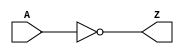
//$Header: //synplicity/maprc/thirdparty/generic_technology/gtech.v#1 $
//--------------------------------------------------------------------------------------------------
//
// Title       : gtech.v
// Design      : GTECH
// Company     : Synplicity Software Pvt. Ltd.
//
//-------------------------------------------------------------------------------------------------
//
// Description : This generic technology library contains common logic elements.
//
//-------------------------------------------------------------------------------------------------
`timescale 1ns / 10ps

module GTECH_NOT ( A, Z );
	input  A;
	output Z;

	assign Z = ~A;

endmodule

module GTECH_BUF ( A, Z );
	input  A;
	output Z;

	assign Z = A;

endmodule

module GTECH_AND2 ( A, B, Z );
	input  A;
	input  B;
	output Z;

	assign Z = A & B;

endmodule

module GTECH_AND3 ( A, B, C, Z );
	input  A;
	input  B;
	input  C;
	output Z;

	assign Z = A & B & C;

endmodule

module GTECH_AND4 ( A, B, C, D, Z );
	input  A;
	input  B;
	input  C;
	input  D;
	output Z;

	assign Z = A & B & C & D;

endmodule

module GTECH_AND5 ( A, B, C, D, E, Z );
	input  A;
	input  B;
	input  C;
	input  D;
	input  E;
	output Z;

	assign Z = A & B & C & D & E;

endmodule

module GTECH_AND8 ( A, B, C, D, E, F, G, H, Z );
	input  A;
	input  B;
	input  C;
	input  D;
	input  E;
	input  F;
	input  G;
	input  H;
	output Z;

	assign Z = A & B & C & D & E & F & G & H;

endmodule

module GTECH_NAND2 ( A, B, Z );
	input  A;
	input  B;
	output Z;

	assign Z = ~(A & B);

endmodule

module GTECH_NAND3 ( A, B, C, Z );
	input  A;
	input  B;
	input  C;
	output Z;

	assign Z = ~(A & B & C);

endmodule

module GTECH_NAND4 ( A, B, C, D, Z );
	input  A;
	input  B;
	input  C;
	input  D;
	output Z;

	assign Z = ~(A & B & C & D);

endmodule

module GTECH_NAND5 ( A, B, C, D, E, Z );
	input  A;
	input  B;
	input  C;
	input  D;
	input  E;
	output Z;

	assign Z = ~(A & B & C & D & E);

endmodule

module GTECH_NAND8 ( A, B, C, D, E, F, G, H, Z );
	input  A;
	input  B;
	input  C;
	input  D;
	input  E;
	input  F;
	input  G;
	input  H;
	output Z;

	assign Z = ~(A & B & C & D & E & F & G & H);

endmodule

module GTECH_OR2 ( A, B, Z );
	input  A;
	input  B;
	output Z;

	assign Z = A | B;

endmodule

module GTECH_OR3 ( A, B, C, Z );
	input  A;
	input  B;
	input  C;
	output Z;

	assign Z = A | B | C;

endmodule

module GTECH_OR4 ( A, B, C, D, Z );
	input  A;
	input  B;
	input  C;
	input  D;
	output Z;

	assign Z = A | B | C | D;

endmodule

module GTECH_OR5 ( A, B, C, D, E, Z );
	input  A;
	input  B;
	input  C;
	input  D;
	input  E;
	output Z;

	assign Z = A | B | C | D | E;

endmodule

module GTECH_OR8 ( A, B, C, D, E, F, G, H, Z );
	input  A;
	input  B;
	input  C;
	input  D;
	input  E;
	input  F;
	input  G;
	input  H;
	output Z;

	assign Z = A | B | C | D | E | F | G | H;

endmodule

module GTECH_NOR2 ( A, B, Z );
	input  A;
	input  B;
	output Z;

	assign Z = ~(A | B);

endmodule

module GTECH_NOR3 ( A, B, C, Z );
	input  A;
	input  B;
	input  C;
	output Z;

	assign Z = ~(A | B | C);

endmodule

module GTECH_NOR4 ( A, B, C, D, Z );
	input  A;
	input  B;
	input  C;
	input  D;
	output Z;

	assign Z = ~(A | B | C | D);

endmodule

module GTECH_NOR5 ( A, B, C, D, E, Z );
	input  A;
	input  B;
	input  C;
	input  D;
	input  E;
	output Z;

	assign Z = ~(A | B | C | D | E);

endmodule

module GTECH_NOR8 ( A, B, C, D, E, F, G, H, Z );
	input  A;
	input  B;
	input  C;
	input  D;
	input  E;
	input  F;
	input  G;
	input  H;
	output Z;

	assign Z = ~(A | B | C | D | E | F | G | H);

endmodule

module GTECH_XOR2 ( A, B, Z );
	input  A;
	input  B;
	output Z;

	assign Z = A ^ B;

endmodule

module GTECH_XOR3 ( A, B, C, Z );
	input  A;
	input  B;
	input  C;
	output Z;

	assign Z = A ^ B ^ C;

endmodule

module GTECH_XOR4 ( A, B, C, D, Z );
	input  A;
	input  B;
	input  C;
	input  D;
	output Z;

	assign Z = A ^ B ^ C ^ D;

endmodule

module GTECH_XNOR2 ( A, B, Z );
	input  A;
	input  B;
	output Z;

	assign Z = ~(A ^ B);

endmodule

module GTECH_XNOR3 ( A, B, C, Z );
	input  A;
	input  B;
	input  C;
	output Z;

	assign Z = ~(A ^ B ^ C);

endmodule

module GTECH_XNOR4 ( A, B, C, D, Z );
	input  A;
	input  B;
	input  C;
	input  D;
	output Z;

	assign Z = ~(A ^ B ^ C ^ D);

endmodule

module GTECH_AND_NOT ( A, B, Z );
	input  A;
	input  B;
	output Z;

	assign Z = A & ~B;

endmodule

module GTECH_OR_NOT ( A, B, Z );
	input  A;
	input  B;
	output Z;

	assign Z = A | ~B;

endmodule

module GTECH_AO21 ( A, B, C, Z );
	input  A;
	input  B;
	input  C;
	output Z;

	assign Z = (A & B) | C;

endmodule

module GTECH_AO22 ( A, B, C, D, Z );
	input  A;
	input  B;
	input  C;
	input  D;
	output Z;

	assign Z = (A & B) | (C & D);

endmodule

module GTECH_AOI21 ( A, B, C, Z );
	input  A;
	input  B;
	input  C;
	output Z;

	assign Z = ~((A & B) | C);

endmodule

module GTECH_AOI22 ( A, B, C, D, Z );
	input  A;
	input  B;
	input  C;
	input  D;
	output Z;

	assign Z = ~((A & B) | (C & D));

endmodule

module GTECH_AOI222 ( A, B, C, D, E, F, Z );
	input  A;
	input  B;
	input  C;
	input  D;
	input  E;
	input  F;
	output Z;

	assign Z = ~((A & B) | (C & D) | (E & F));

endmodule

module GTECH_AOI2N2 ( A, B, C, D, Z );
	input  A;
	input  B;
	input  C;
	input  D;
	output Z;

	assign Z = ~((A & B) | ~(C | D));

endmodule

module GTECH_OA21 ( A, B, C, Z );
	input  A;
	input  B;
	input  C;
	output Z;

	assign Z = (A | B) & C;

endmodule

module GTECH_OA22 ( A, B, C, D, Z );
	input  A;
	input  B;
	input  C;
	input  D;
	output Z;

	assign Z = (A | B) & (C | D);

endmodule

module GTECH_OAI21 ( A, B, C, Z );
	input  A;
	input  B;
	input  C;
	output Z;

	assign Z = ~((A | B) & C);

endmodule

module GTECH_OAI22 ( A, B, C, D, Z );
	input  A;
	input  B;
	input  C;
	input  D;
	output Z;

	assign Z = ~((A | B) & (C | D));

endmodule

module GTECH_OAI2N2 ( A, B, C, D, Z );
	input  A;
	input  B;
	input  C;
	input  D;
	output Z;

	assign Z = ~((A | B) & ~(C & D));

endmodule

module GTECH_MAJ23 ( A, B, C, Z );
	input A;
	input B;
	input C;
	output Z;

	assign Z = (A & B)|( B & C )|(C & A );

endmodule

module GTECH_MUX2 ( A, B, S, Z );
	input  A;
	input  B;
	input  S;
	output Z;

	assign Z = ( A & ~S) | ( B & S );

endmodule

module GTECH_MUXI2 ( A, B, S, Z );
	input  A;
	input  B;
	input  S;
	output Z;

	assign Z = ( ~A & ~S ) | ( ~B & S );

endmodule

module GTECH_MUX4 ( D0, D1, D2, D3, A, B, Z );
	input  D0;
	input  D1;
	input  D2;
	input  D3;
	input  A;
	input  B;
	output Z;

	assign Z = ( ~A & ~B & D0 ) | ( ~B & A & D1 ) | ( B & ~A & D2 ) | ( B & A & D3 );

endmodule

module GTECH_MUX8 ( D0, D1, D2, D3, D4, D5, D6, D7, A, B, C, Z );
	input  D0;
	input  D1;
	input  D2;
	input  D3;
	input  D4;
	input  D5;
	input  D6;
	input  D7;
	input  A;
	input  B;
	input  C;
	output Z;
	wire N1, N2;

	GTECH_MUX4 U1 ( .D0(D0), .D1(D1), .D2(D2), .D3(D3), .A(A), .B(B), .Z(N1) );
	GTECH_MUX4 U2 ( .D0(D4), .D1(D5), .D2(D6), .D3(D7), .A(A), .B(B), .Z(N2) );
    GTECH_MUX2 U3( .A(N1), .B(N2), .S(C), .Z(Z) );

endmodule

module GTECH_ADD_AB ( A, B, S, COUT );
	input  A;
	input  B;
	output S;
	output COUT;

	assign S = A ^ B;
	assign COUT = A & B;

endmodule

module GTECH_ADD_ABC ( A, B, C, S, COUT );
	input  A;
	input  B;
	input  C;
	output S;
	output COUT;

	assign S = A ^ B ^ C;
	assign COUT = (A & B ) | (B & C) | (C & A);

endmodule

module GTECH_TBUF ( A, E, Z );
	input  A;
	input  E;
	output Z;

	bufif1( Z, A, E );

endmodule

module GTECH_INBUF ( PAD_IN, DATA_IN );
	input  PAD_IN;
	output DATA_IN;

	wire DATA_IN;

	buf (DATA_IN, PAD_IN);

endmodule

module GTECH_OUTBUF ( DATA_OUT, OE, PAD_OUT );
	input  DATA_OUT;
	input  OE;
	output PAD_OUT;
	wire PAD_OUT;

	bufif1(PAD_OUT, DATA_OUT, OE );

endmodule

module GTECH_INOUTBUF ( DATA_OUT, OE, PAD_INOUT, DATA_IN );
	input  DATA_OUT;
	input  OE;
	output DATA_IN;
	inout  PAD_INOUT;

	wire PAD_INOUT;

	buf (DATA_IN,PAD_INOUT);
	bufif1 (PAD_INOUT, DATA_OUT, OE);

endmodule

module GTECH_FD1 ( D, CP, Q, QN );
	input  D;
	input  CP;
	output Q;
	output QN;

	reg  Q;
	reg  QN;

	always @ ( posedge CP )
		begin
			Q <= D;
			QN <= ~D;
		end

endmodule

module GTECH_FD14 ( D0, D1, D2, D3, CP, Q0, Q1, Q2, Q3, QN0, QN1, QN2, QN3 );
	input  D0;
	input  D1;
	input  D2;
	input  D3;
	input  CP;
	output Q0;
	output Q1;
	output Q2;
	output Q3;
	output QN0;
	output QN1;
	output QN2;
	output QN3;

	reg Q0;
	reg Q1;
	reg Q2;
	reg Q3;
	reg QN0;
	reg QN1;
	reg QN2;
	reg QN3;

	always @ ( posedge CP )
		begin
			Q0  <= D0;
			QN0 <= ~D0;
			Q1  <= D1;
			QN1 <= ~D1;
			Q2  <= D2;
			QN2 <= ~D2;
			Q3  <= D3;
			QN3 <= ~D3;
		end

endmodule

module GTECH_FD18 ( D0, D1, D2, D3, D4, D5, D6, D7, CP, Q0, Q1, Q2, Q3, Q4, Q5, Q6, Q7, QN0, QN1, QN2, QN3, QN4, QN5, QN6, QN7 );
	input  D0;
	input  D1;
	input  D2;
	input  D3;
	input  D4;
	input  D5;
	input  D6;
	input  D7;
	input  CP;
	output Q0;
	output Q1;
	output Q2;
	output Q3;
	output Q4;
	output Q5;
	output Q6;
	output Q7;
	output QN0;
	output QN1;
	output QN2;
	output QN3;
	output QN4;
	output QN5;
	output QN6;
	output QN7;

	reg Q0;
	reg Q1;
	reg Q2;
	reg Q3;
	reg Q4;
	reg Q5;
	reg Q6;
	reg Q7;
	reg QN0;
	reg QN1;
	reg QN2;
	reg QN3;
	reg QN4;
	reg QN5;
	reg QN6;
	reg QN7;

	always @ ( posedge CP )
		begin
			Q0  <= D0;
			QN0 <= ~D0;
			Q1  <= D1;
			QN1 <= ~D1;
			Q2  <= D2;
			QN2 <= ~D2;
			Q3  <= D3;
			QN3 <= ~D3;
			Q4  <= D4;
			QN4 <= ~D4;
			Q5  <= D5;
			QN5 <= ~D5;
			Q6  <= D6;
			QN6 <= ~D6;
			Q7  <= D7;
			QN7 <= ~D7;
		end

endmodule

module GTECH_FD1S ( D, TI, TE, CP, Q, QN );
	input  D;
	input  TI;
	input  TE;
	input  CP;
	output Q;
	output QN;

	reg Q;
	reg QN;
	wire d_in;

	assign d_in = TE ? TI : D;

	always @( posedge CP )
		begin
			Q <= d_in;
			QN <= ~d_in;
		end

endmodule

module GTECH_FD2 ( D, CD, CP, Q, QN );
	input  D;
	input  CD;
	input  CP;
	output Q;
	output QN;

	reg Q;
	reg QN;

	always @( posedge CP or negedge CD )
		if ( !CD )
			begin
				Q <= 1'b0;
				QN <= 1'b1;
			end
		else
			begin
				Q <= D;
				QN <= ~D;
			end

endmodule

module GTECH_FD24 ( D0, D1, D2, D3, CP, CD, Q0, Q1, Q2, Q3, QN0, QN1, QN2, QN3 );
	input  D0;
	input  D1;
	input  D2;
	input  D3;
	input  CP;
	input  CD;
	output Q0;
	output Q1;
	output Q2;
	output Q3;
	output QN0;
	output QN1;
	output QN2;
	output QN3;

	reg Q0;
	reg Q1;
	reg Q2;
	reg Q3;
	reg QN0;
	reg QN1;
	reg QN2;
	reg QN3;

	always @ ( posedge CP or negedge CD )
		if ( !CD )
			begin
				Q0  <= 0;
				QN0 <= 1;
				Q1  <= 0;
				QN1 <= 1;
				Q2  <= 0;
				QN2 <= 1;
				Q3  <= 0;
				QN3 <= 1;
			end
		else
			begin
				Q0  <= D0;
				QN0 <= ~D0;
				Q1  <= D1;
				QN1 <= ~D1;
				Q2  <= D2;
				QN2 <= ~D2;
				Q3  <= D3;
				QN3 <= ~D3;
			end

endmodule

module GTECH_FD28 ( D0, D1, D2, D3, D4, D5, D6, D7, CP, CD, Q0, Q1, Q2, Q3, Q4, Q5, Q6, Q7, QN0, QN1, QN2, QN3, QN4, QN5, QN6, QN7 );
	input  D0;
	input  D1;
	input  D2;
	input  D3;
	input  D4;
	input  D5;
	input  D6;
	input  D7;
	input  CP;
	input  CD;
	output Q0;
	output Q1;
	output Q2;
	output Q3;
	output Q4;
	output Q5;
	output Q6;
	output Q7;
	output QN0;
	output QN1;
	output QN2;
	output QN3;
	output QN4;
	output QN5;
	output QN6;
	output QN7;

	reg Q0;
	reg Q1;
	reg Q2;
	reg Q3;
	reg Q4;
	reg Q5;
	reg Q6;
	reg Q7;
	reg QN0;
	reg QN1;
	reg QN2;
	reg QN3;
	reg QN4;
	reg QN5;
	reg QN6;
	reg QN7;

	always @ ( posedge CP or negedge CD )
		if ( !CD )
			begin
			Q0  <= 0;
			QN0 <= 1;
			Q1  <= 0;
			QN1 <= 1;
			Q2  <= 0;
			QN2 <= 1;
			Q3  <= 0;
			QN3 <= 1;
			Q4  <= 0;
			QN4 <= 1;
			Q5  <= 0;
			QN5 <= 1;
			Q6  <= 0;
			QN6 <= 1;
			Q7  <= 0;
			QN7 <= 1;
			end
		else
			begin
				Q0  <= D0;
				QN0 <= ~D0;
				Q1  <= D1;
				QN1 <= ~D1;
				Q2  <= D2;
				QN2 <= ~D2;
				Q3  <= D3;
				QN3 <= ~D3;
				Q4  <= D4;
				QN4 <= ~D4;
				Q5  <= D5;
				QN5 <= ~D5;
				Q6  <= D6;
				QN6 <= ~D6;
				Q7  <= D7;
				QN7 <= ~D7;
			end

endmodule

module GTECH_FD2S ( D, TI, TE, CP, CD, Q, QN );
	input  D;
	input  TI;
	input  TE;
	input  CP;
	input  CD;
	output Q;
	output QN;

	reg Q;
	reg QN;
	wire d_in;

	assign d_in = TE ? TI : D;

	always @( posedge CP or negedge CD )
		if ( !CD )
			begin
				Q <= 1'b0;
				QN <= 1'b1;
			end
		else
			begin
				Q <= d_in;
				QN <= ~d_in;
			end

endmodule

module GTECH_FD3 ( D, CD, SD, CP, Q, QN );
	input  D;
	input  CD;
	input  SD;
	input  CP;
	output Q;
	output QN;

	reg Q;
	reg QN;

	always @( posedge CP or negedge CD or negedge SD )
		case ( {CD,SD} )
			2'b00: begin
				Q <= 1'b0;
				QN <= 1'b0;
			end
			2'b01:begin
				Q <= 1'b0;
				QN <= 1'b1;
			end
			2'b10:begin
				Q <= 1'b1;
				QN <= 1'b0;
			end
			2'b11:begin
				Q <= D;
				QN <= ~D;
			end
		endcase

endmodule

module GTECH_FD34 ( D0, D1, D2, D3, CP, CD, SD, Q0, Q1, Q2, Q3, QN0, QN1, QN2, QN3 );
	input  D0;
	input  D1;
	input  D2;
	input  D3;
	input  CP;
	input  CD;
	input  SD;
	output Q0;
	output Q1;
	output Q2;
	output Q3;
	output QN0;
	output QN1;
	output QN2;
	output QN3;

	reg Q0;
	reg Q1;
	reg Q2;
	reg Q3;
	reg QN0;
	reg QN1;
	reg QN2;
	reg QN3;

	always @ ( posedge CP or negedge CD or negedge SD )
		case ({CD, SD})
			2'b00:
			begin
				Q0  <= 0;
				QN0 <= 0;
				Q1  <= 0;
				QN1 <= 0;
				Q2  <= 0;
				QN2 <= 0;
				Q3  <= 0;
				QN3 <= 0;
			end
			2'b01:
			begin
				Q0  <= 0;
				QN0 <= 1;
				Q1  <= 0;
				QN1 <= 1;
				Q2  <= 0;
				QN2 <= 1;
				Q3  <= 0;
				QN3 <= 1;
			end
			2'b10:
			begin
				Q0  <= 1;
				QN0 <= 0;
				Q1  <= 1;
				QN1 <= 0;
				Q2  <= 1;
				QN2 <= 0;
				Q3  <= 1;
				QN3 <= 0;
			end
			2'b11:
			begin
				Q0  <= D0;
				QN0 <= ~D0;
				Q1  <= D1;
				QN1 <= ~D1;
				Q2  <= D2;
				QN2 <= ~D2;
				Q3  <= D3;
				QN3 <= ~D3;
			end
		endcase

endmodule

module GTECH_FD38 ( D0, D1, D2, D3, D4, D5, D6, D7, CP, CD, SD, Q0, Q1, Q2, Q3, Q4, Q5, Q6, Q7, QN0, QN1, QN2, QN3, QN4, QN5, QN6, QN7 );
	input  D0;
	input  D1;
	input  D2;
	input  D3;
	input  D4;
	input  D5;
	input  D6;
	input  D7;
	input  CP;
	input  CD;
	input  SD;
	output Q0;
	output Q1;
	output Q2;
	output Q3;
	output Q4;
	output Q5;
	output Q6;
	output Q7;
	output QN0;
	output QN1;
	output QN2;
	output QN3;
	output QN4;
	output QN5;
	output QN6;
	output QN7;

	reg Q0;
	reg Q1;
	reg Q2;
	reg Q3;
	reg Q4;
	reg Q5;
	reg Q6;
	reg Q7;
	reg QN0;
	reg QN1;
	reg QN2;
	reg QN3;
	reg QN4;
	reg QN5;
	reg QN6;
	reg QN7;

	always @ ( posedge CP or negedge CD or negedge SD )
		case ({CD, SD})
			2'b00:
			begin
				Q0  <= 0;
			    QN0 <= 0;
				Q1  <= 0;
				QN1 <= 0;
				Q2  <= 0;
				QN2 <= 0;
				Q3  <= 0;
				QN3 <= 0;
				Q4  <= 0;
				QN4 <= 0;
				Q5  <= 0;
				QN5 <= 0;
				Q6  <= 0;
				QN6 <= 0;
				Q7  <= 0;
				QN7 <= 0;
			end
			2'b01:
			begin
				Q0  <= 0;
				QN0 <= 1;
				Q1  <= 0;
				QN1 <= 1;
				Q2  <= 0;
				QN2 <= 1;
				Q3  <= 0;
				QN3 <= 1;
				Q4  <= 0;
				QN4 <= 1;
				Q5  <= 0;
				QN5 <= 1;
				Q6  <= 0;
				QN6 <= 1;
				Q7  <= 0;
				QN7 <= 1;
			end
			2'b10:
			begin
				Q0  <= 1;
				QN0 <= 0;
				Q1  <= 1;
				QN1 <= 0;
				Q2  <= 1;
				QN2 <= 0;
				Q3  <= 1;
				QN3 <= 0;
				Q4  <= 1;
				QN4 <= 0;
				Q5  <= 1;
				QN5 <= 0;
				Q6  <= 1;
				QN6 <= 0;
				Q7  <= 1;
				QN7 <= 0;
			end
			2'b11:
			begin
				Q0  <= D0;
				QN0 <= ~D0;
				Q1  <= D1;
				QN1 <= ~D1;
				Q2  <= D2;
				QN2 <= ~D2;
				Q3  <= D3;
				QN3 <= ~D3;
				Q4  <= D4;
				QN4 <= ~D4;
				Q5  <= D5;
				QN5 <= ~D5;
				Q6  <= D6;
				QN6 <= ~D6;
				Q7  <= D7;
				QN7 <= ~D7;
			end
		endcase

endmodule

module GTECH_FD3S ( D, TI, TE, CP, CD, SD, Q, QN );
	input  D;
	input  TI;
	input  TE;
	input  CP;
	input  CD;
	input  SD;
	output Q;
	output QN;

	reg Q;
	reg QN;
	wire d_in;

	assign d_in = TE ? TI : D;

	always @( posedge CP or negedge CD or negedge SD )
		case ( {CD,SD} )
			2'b00: begin
				Q <= 1'b0;
				QN <= 1'b0;
			end
			2'b01:begin
				Q <= 1'b0;
				QN <= 1'b1;
			end
			2'b10:begin
				Q <= 1'b1;
				QN <= 1'b0;
			end
			2'b11:begin
				Q <= d_in;
				QN <= ~d_in;
			end
		endcase

endmodule

module GTECH_FD4 ( D, SD, CP, Q, QN );
	input  D;
	input  SD;
	input  CP;
	output Q;
	output QN;

	reg Q;
	reg QN;

	always @( posedge CP or negedge SD )
		if ( !SD )
			begin
				Q <= 1'b1;
				QN <= 1'b0;
			end
		else
			begin
				Q <= D;
				QN <= ~D;
			end

endmodule

module GTECH_FD44 ( D0, D1, D2, D3, CP, SD, Q0, Q1, Q2, Q3, QN0, QN1, QN2, QN3 );
	input  D0;
	input  D1;
	input  D2;
	input  D3;
	input  CP;
	input  SD;
	output Q0;
	output Q1;
	output Q2;
	output Q3;
	output QN0;
	output QN1;
	output QN2;
	output QN3;

	reg Q0;
	reg Q1;
	reg Q2;
	reg Q3;
	reg QN0;
	reg QN1;
	reg QN2;
	reg QN3;

	always @ ( posedge CP or negedge SD )
		if ( !SD )
			begin
				Q0  <= 1;
				QN0 <= 0;
				Q1  <= 1;
				QN1 <= 0;
				Q2  <= 1;
				QN2 <= 0;
				Q3  <= 1;
				QN3 <= 0;
			end
		else
			begin
				Q0  <= D0;
				QN0 <= ~D0;
				Q1  <= D1;
				QN1 <= ~D1;
				Q2  <= D2;
				QN2 <= ~D2;
				Q3  <= D3;
				QN3 <= ~D3;
			end

endmodule

module GTECH_FD48 ( D0, D1, D2, D3, D4, D5, D6, D7, CP, SD, Q0, Q1, Q2, Q3, Q4, Q5, Q6, Q7, QN0, QN1, QN2, QN3, QN4, QN5, QN6, QN7 );
	input  D0;
	input  D1;
	input  D2;
	input  D3;
	input  D4;
	input  D5;
	input  D6;
	input  D7;
	input  CP;
	input  SD;
	output Q0;
	output Q1;
	output Q2;
	output Q3;
	output Q4;
	output Q5;
	output Q6;
	output Q7;
	output QN0;
	output QN1;
	output QN2;
	output QN3;
	output QN4;
	output QN5;
	output QN6;
	output QN7;

	reg Q0;
	reg Q1;
	reg Q2;
	reg Q3;
	reg Q4;
	reg Q5;
	reg Q6;
	reg Q7;
	reg QN0;
	reg QN1;
	reg QN2;
	reg QN3;
	reg QN4;
	reg QN5;
	reg QN6;
	reg QN7;

	always @ ( posedge CP or negedge SD )
		if ( !SD )
			begin
				Q0  <= 1;
				QN0 <= 0;
				Q1  <= 1;
				QN1 <= 0;
				Q2  <= 1;
				QN2 <= 0;
				Q3  <= 1;
				QN3 <= 0;
				Q4  <= 1;
				QN4 <= 0;
				Q5  <= 1;
				QN5 <= 0;
				Q6  <= 1;
				QN6 <= 0;
				Q7  <= 1;
				QN7 <= 0;
			end
		else
			begin
				Q0  <= D0;
				QN0 <= ~D0;
				Q1  <= D1;
				QN1 <= ~D1;
				Q2  <= D2;
				QN2 <= ~D2;
				Q3  <= D3;
				QN3 <= ~D3;
				Q4  <= D4;
				QN4 <= ~D4;
				Q5  <= D5;
				QN5 <= ~D5;
				Q6  <= D6;
				QN6 <= ~D6;
				Q7  <= D7;
				QN7 <= ~D7;
			end

endmodule

module GTECH_FD4S ( D, TI, TE, CP, SD, Q, QN );
	input  D;
	input  TI;
	input  TE;
	input  CP;
	input  SD;
	output Q;
	output QN;

	reg Q;
	reg QN;
	wire d_in;

	assign d_in = TE ? TI : D;

	always @( posedge CP or negedge SD )
		if ( !SD )
			begin
				Q <= 1'b1;
				QN <= 1'b0;
			end
		else
			begin
				Q <= d_in;
				QN <= ~d_in;
			end

endmodule

module GTECH_FJK1 ( J, K, CP, Q, QN );
	input  J;
	input  K;
	input  CP;
	output Q;
	output QN;

	wire d_in;
	reg Q;
	reg QN;

	assign d_in = ( J & QN ) | ( ~K & Q );



	always @ ( posedge CP )
		begin
			Q <= d_in;
			QN <= ~d_in;
		end

endmodule

module GTECH_FJK1S ( J, K, TI, TE, CP, Q, QN );
	input  J;
	input  K;
	input  TI;
	input  TE;
	input  CP;
	output Q;
	output QN;

	wire d_in;
	wire d_int;
	reg Q;
	reg QN;

	assign d_in = ( J & QN ) | ( ~K & Q );
	assign d_int = TE ? TI : d_in;

	always @ ( posedge CP )
		begin
			Q <= d_int;
			QN <= ~d_int;
		end

endmodule

module GTECH_FJK2 ( J, K, CP, CD, Q, QN );
	input  J;
	input  K;
	input  CP;
	input  CD;
	output Q;
	output QN;

	wire d_in;
	reg Q;
	reg QN;

	assign d_in = ( J & QN ) | ( ~K & Q );

	always @ ( posedge CP or negedge CD )
		if (!CD)
			begin
				Q <= 0;
				QN <= 1;
			end
		else
			begin
				Q <= d_in;
				QN <= ~d_in;
			end

endmodule

module GTECH_FJK2S ( J, K, TI, TE, CD, CP, Q, QN );
	input  J;
	input  K;
	input  TI;
	input  TE;
	input  CD;
	input  CP;
	output Q;
	output QN;

	wire d_in;
	wire d_int;
	reg Q;
	reg QN;

	assign d_in = ( J & QN ) | ( ~K & Q );
	assign d_int = TE ? TI : d_in;

	always @ ( posedge CP or negedge CD )
		if ( !CD )
			begin
				Q <= 0;
				QN <= 1;
			end
		else
			begin
				Q <= d_int;
				QN <= ~d_int;
			end

endmodule

module GTECH_FJK3 ( J, K, CP, CD, SD, Q, QN );
	input  J;
	input  K;
	input  CP;
	input  CD;
	input  SD;
	output Q;
	output QN;

	wire d_in;
	reg Q;
	reg QN;

	assign d_in = ( J & QN ) | ( ~K & Q );

	always @ ( posedge CP or negedge CD or negedge SD )
		case ({CD,SD})
			2'b00: begin
				Q <= 0;
				QN <= 0;
			end
			2'b01: begin
				Q <= 0;
				QN <= 1;
			end
			2'b10: begin
				Q <= 1;
				QN <= 0;
			end
			2'b11: begin
				Q <= d_in;
				QN <= ~d_in;
			end
		endcase

endmodule

module GTECH_FJK3S ( J, K, TI, TE, CD, SD, CP, Q, QN );
	input  J;
	input  K;
	input  TI;
	input  TE;
	input  CD;
	input  SD;
	input  CP;
	output Q;
	output QN;

	wire d_in;
	wire d_int;
	reg Q;
	reg QN;

	assign d_in = ( J & QN ) | ( ~K & Q );
	assign d_int = TE ? TI : d_in;

	always @ ( posedge CP or negedge CD or negedge SD )
		case ({CD,SD})
			2'b00: begin
				Q <= 0;
				QN <= 0;
			end
			2'b01: begin
				Q <= 0;
				QN <= 1;
			end
			2'b10: begin
				Q <= 1;
				QN <= 0;
			end
			2'b11: begin
				Q <= d_int;
				QN <= ~d_int;
			end
		endcase

endmodule

module GTECH_LD1 ( D, G, Q, QN );
	input  D;
	input  G;
	output Q;
	output QN;

	reg Q;
	reg QN;

	always @ ( G or D )
		if ( G )
			begin
				Q = D;
				QN = ~D;
			end

endmodule

module GTECH_LD2 ( D, GN, Q, QN );
	input  D;
	input  GN;
	output Q;
	output QN;

	reg Q;
	reg QN;

	always @ ( GN or D )
		if ( ~GN )
			begin
				Q = D;
				QN = ~D;
			end

endmodule

module GTECH_LD2_1 ( D, GN, Q );
	input  D;
	input  GN;
	output Q;

	reg Q;

	always @ ( GN or D )
		if ( ~GN )
			Q = D;

endmodule

module GTECH_LD3 ( D, G, CD, Q, QN );
	input  D;
	input  G;
	input  CD;
	output Q;
	output QN;

	reg Q;
	reg QN;

	always @ ( G or CD or D )
		if ( CD )
			begin
				if ( G )
					begin
						Q = D;
						QN = ~D;
					end
			end
		else
			begin
				Q = 0;
				QN = 1;
			end

endmodule

module GTECH_LD4 ( D, GN, CD, Q, QN );
	input  D;
	input  GN;
	input  CD;
	output Q;
	output QN;

	reg Q;
	reg QN;

	always @ ( GN or CD or D )
		if ( CD )
			begin
				if ( ~GN )
					begin
						Q = D;
						QN = ~D;
					end
			end
		else
			begin
				Q = 0;
				QN = 1;
			end

endmodule

module GTECH_LD4_1 ( D, GN, CD, Q );
	input  D;
	input  GN;
	input  CD;
	output Q;

	reg Q;

	always @ ( GN or CD or D)
		if ( CD )
			begin
				if ( ~GN )
					Q = D;
			end
		else
			Q = 0;

endmodule

module GTECH_LSR0 ( S, R, Q, QN );
	input  S;
	input  R;
	output Q;
	output QN;

	wire QN = ~( ~S | Q );
	wire Q = ~( ~R | QN );

endmodule

module GTECH_ONE ( Z );
	output Z;

      assign Z = 1'b1;
endmodule

module GTECH_ZERO ( Z );
	output Z;

	assign Z = 1'b0;
endmodule